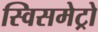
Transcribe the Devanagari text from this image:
स्विसमेट्रो